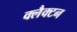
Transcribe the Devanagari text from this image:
क्लैक्टन